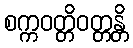
စက္ကဝတ္တိဝတ္တန္တိ